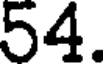
54.